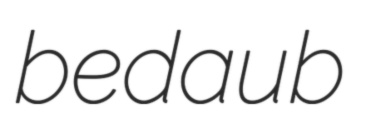
bedaub